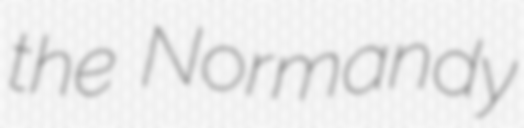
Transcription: the Normandy